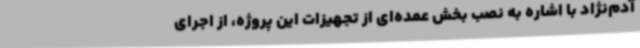
آدم‌نژاد با اشاره به نصب بخش عمده‌ای از تجهیزات این پروژه، از اجرای